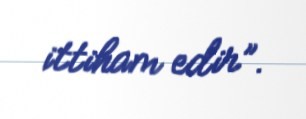
ittiham edir”.